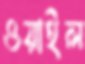
ওয়াইল